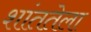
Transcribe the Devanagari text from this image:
शांततेला